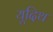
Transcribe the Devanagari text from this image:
यूदिथ